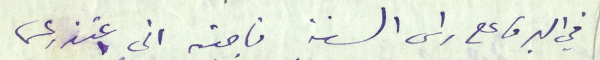
في البرق على راس السنة فاجبته اني اعتذر عن